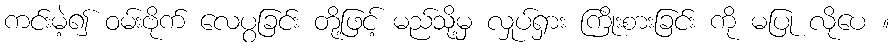
ကင်းမဲ့၍ ဝမ်းဗိုက် လေပွခြင်း တို့ဖြင့် မည်သို့မှ လှုပ်ရှား ကြိုးစားခြင်း ကို မပြု လိုပေ ။